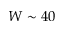
W \sim 4 0